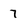
Character: 7